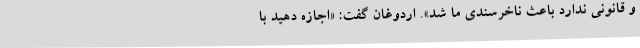
و قانونی ندارد باعث ناخرسندی ما شد». اردوغان گفت: «اجازه دهید با